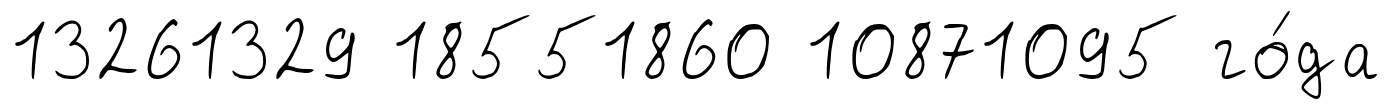
13261329 18551860 10871095 го́да